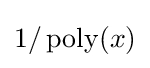
1/\operatorname {poly} (x)